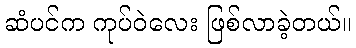
ဆံပင်က ကုပ်ဝဲလေး ဖြစ်လာခဲ့တယ်။